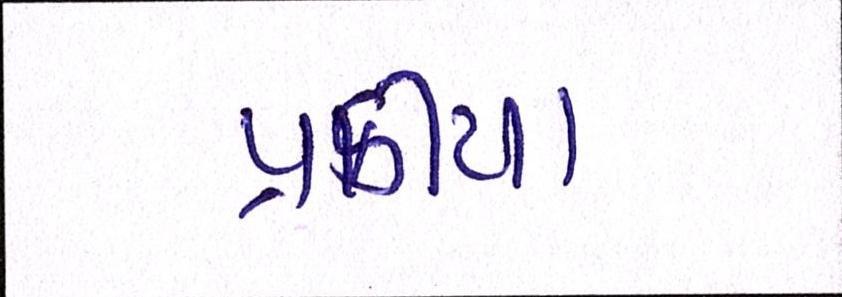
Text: પ્રક્રીયા